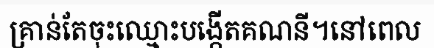
គ្រាន់តែចុះឈ្មោះបង្កើតគណនី។នៅពេល